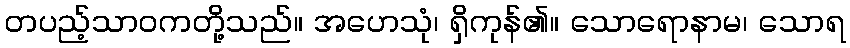
တပည့်သာဝကတို့သည်။ အဟေသုံ၊ ရှိကုန်၏။ သောရောနာမ၊ သောရ